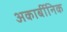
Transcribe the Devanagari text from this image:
अकार्बीनिक